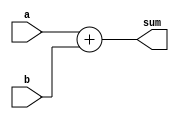
/* task from course - Verilog HDL for Digital Design and Functional Verification*/

module n_bit_adder 
	//parameters
	#( parameter N = 3 )
	//ports
	(
	//inputs
	input [N-1:0] a,
	input [N-1:0] b,
	//outputs
	output reg [N:0] sum );
	
	
	always @(*) begin
		sum = a+b;
		end
		
endmodule